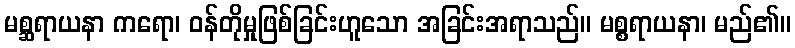
မစ္ဆရာယနာ ကရော၊ ဝန်တိုမှုဖြစ်ခြင်းဟူသော အခြင်းအရာသည်။ မစ္စရာယနာ၊ မည်၏။